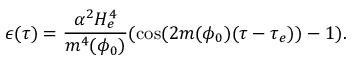
\epsilon ( \tau ) = \frac { \alpha ^ { 2 } H _ { e } ^ { 4 } } { m ^ { 4 } ( \phi _ { 0 } ) } ( \cos ( 2 m ( \phi _ { 0 } ) ( \tau - \tau _ { e } ) ) - 1 ) .